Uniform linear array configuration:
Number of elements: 32
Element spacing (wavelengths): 0.75
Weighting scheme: blackman
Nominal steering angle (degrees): -60
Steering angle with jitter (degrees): -61.265
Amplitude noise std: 0.05
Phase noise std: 0.05

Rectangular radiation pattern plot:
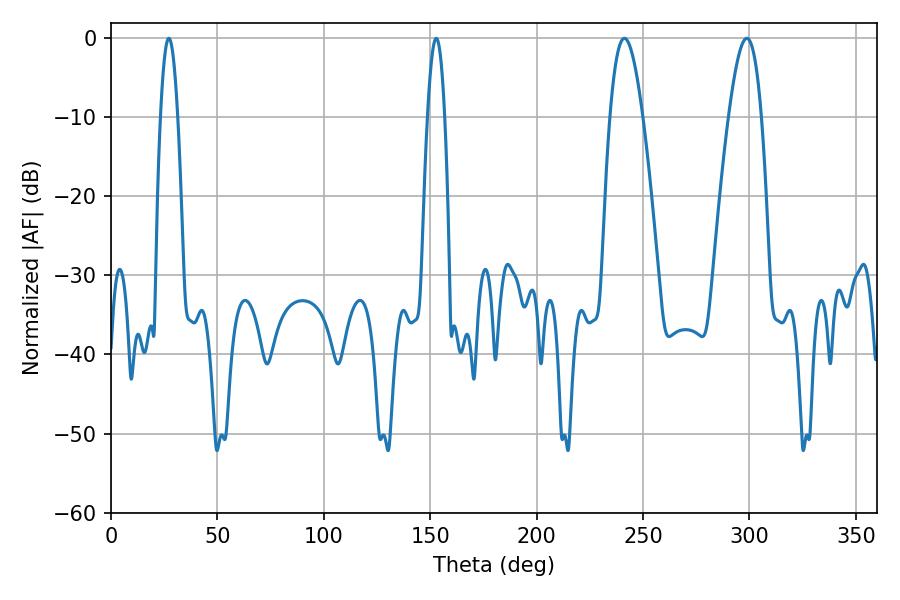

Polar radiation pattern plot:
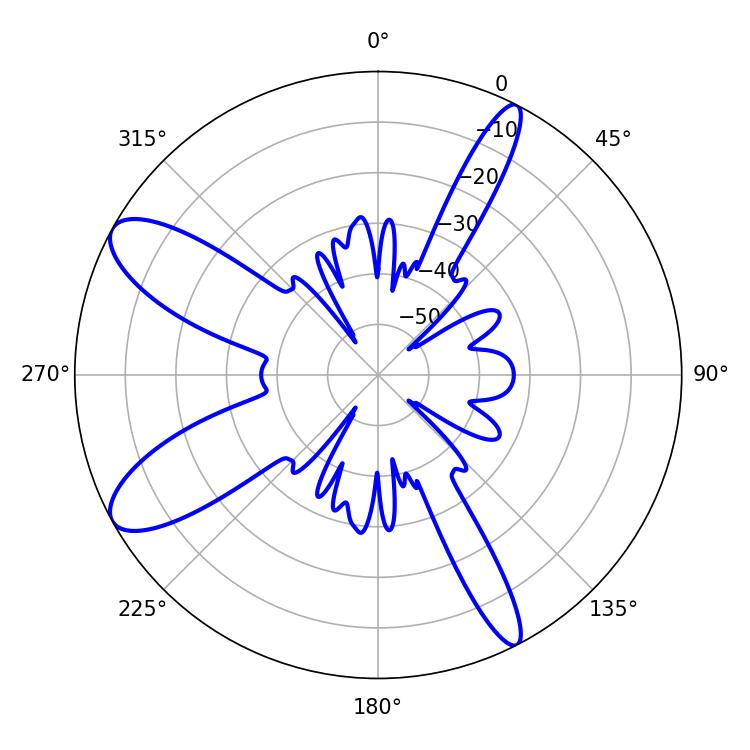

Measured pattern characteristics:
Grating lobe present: TRUE
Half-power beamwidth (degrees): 4.32
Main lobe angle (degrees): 27.18